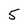
Character: 5